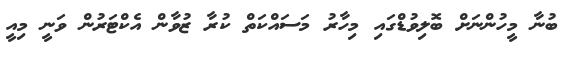
ބުނާ މީހުންނަށް ބޮލިވުޑްގައި މިހާރު މަސައްކަތް ކުރާ ޒުވާން އެކްޓަރުން ވަނީ މިއީ